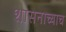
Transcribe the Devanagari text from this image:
शासनाच्याच